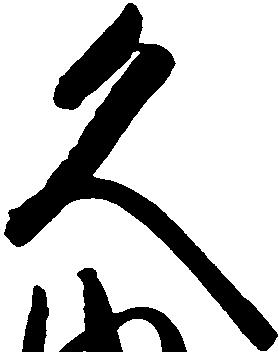
久